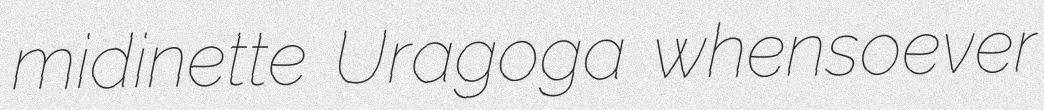
midinette Uragoga whensoever